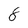
Character: 8